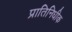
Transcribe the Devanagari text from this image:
प्रातिनिधीक